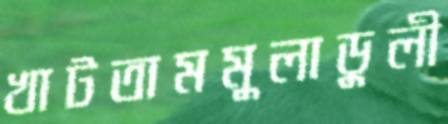
খাটতামমুলাডুলী